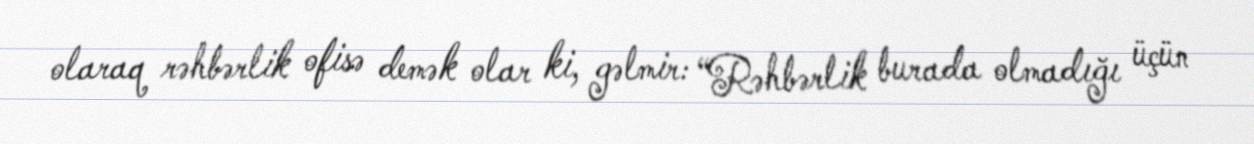
olaraq rəhbərlik ofisə demək olar ki, gəlmir: “Rəhbərlik burada olmadığı üçün